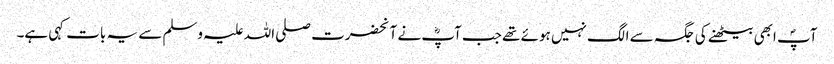
آپؐ ابھی بیٹھنے کی جگہ سے الگ نہیں ہوئے تھے جب آپؓ نے آنحضرت صلی اللہ علیہ وسلم سے یہ بات کہی ہے۔